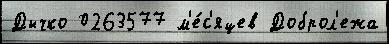
Дычко 0263577 м'е́с'яцев Доброл'ежа